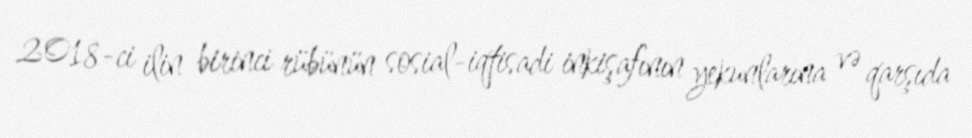
2018-ci ilin birinci rübünün sosial-iqtisadi inkişafının yekunlarına və qarşıda